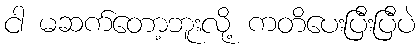
ငါ မဆက်တော့ဘူးလို့ ကတိပေးပြီးပြီပဲ